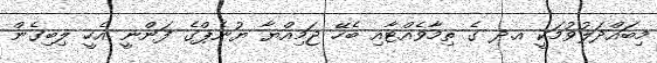
މިބައްދަލުވުމަކީ އ.ދ ގެ ތިމާވެއްޓާއި ބެހޭ ޖަމިއްޔާ ޔުނެޕްގެ ފަންނީ އެހީ ލިބިގެން